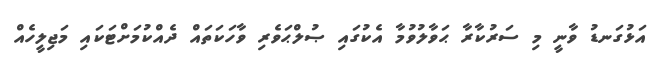
އަޅުގަނޑު ވާނީ މި ސަރުކާރާ ޙަވާލުވުމާ އެކުގައި ޞުލްޙަވެރި ވާހަކަތައް ދެއްކުމަށްޓަކައި މަޖިލީހެއް